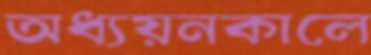
অধ্যয়নকালে